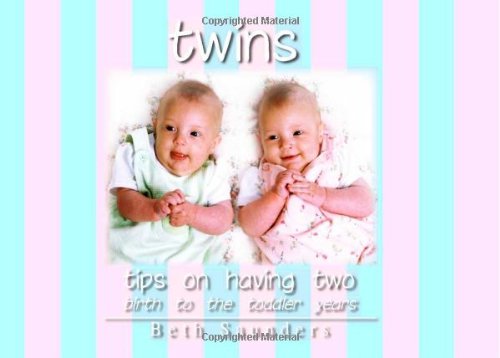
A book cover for Twins: Tips On Having Two - Birth to the Toddler Years; Beth Saunders; Parenting & Relationships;